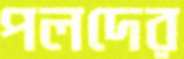
পলদের